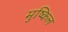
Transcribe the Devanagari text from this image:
मुष्किल